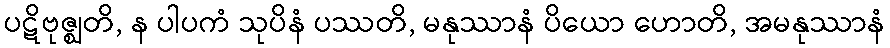
ပဋိဗုဇ္ဈတိ, န ပါပကံ သုပိနံ ပဿတိ, မနုဿာနံ ပိယော ဟောတိ, အမနုဿာနံ